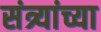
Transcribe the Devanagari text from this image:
संत्र्यांच्या